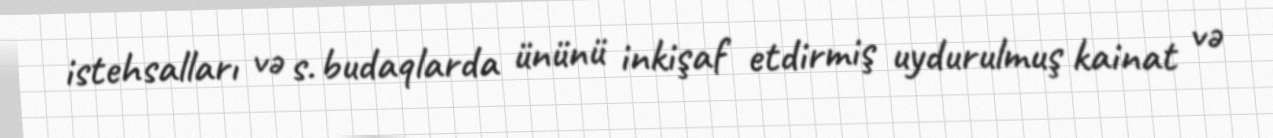
istehsalları və s. budaqlarda ününü inkişaf etdirmiş uydurulmuş kainat və